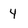
Character: 4